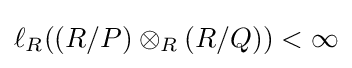
\ell _{R}((R/P)\otimes _{R}(R/Q))<\infty